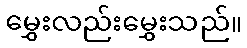
မွှေးလည်းမွှေးသည်။